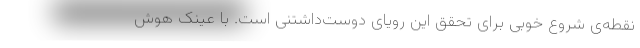
نقطه‌ی شروع خوبی برای تحقق این رویای دوست‌داشتنی است. با عینک هوش